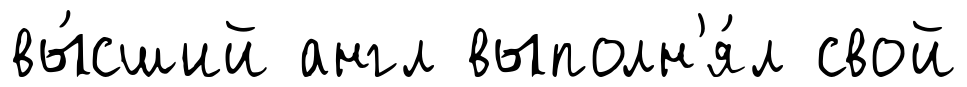
вы́сший англ выполн'я́л свой